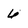
Character: 6